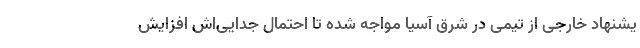
یشنهاد خارجی از تیمی در شرق آسیا مواجه شده تا احتمال جدایی‌اش افزایش